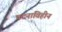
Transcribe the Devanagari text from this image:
घटनाविहीन